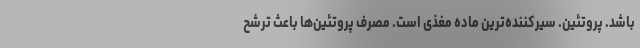
باشد. پروتئین. سیرکننده‌ترین ماده مغذی است. مصرف پروتئین‌ها باعث ترشح